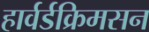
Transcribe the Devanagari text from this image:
हार्वर्डक्रिमसन